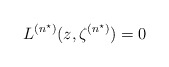
\begin{align*}L^{(n^\star)}(z,\zeta^{(n^\star)})=0\end{align*}